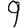
Digit: 9